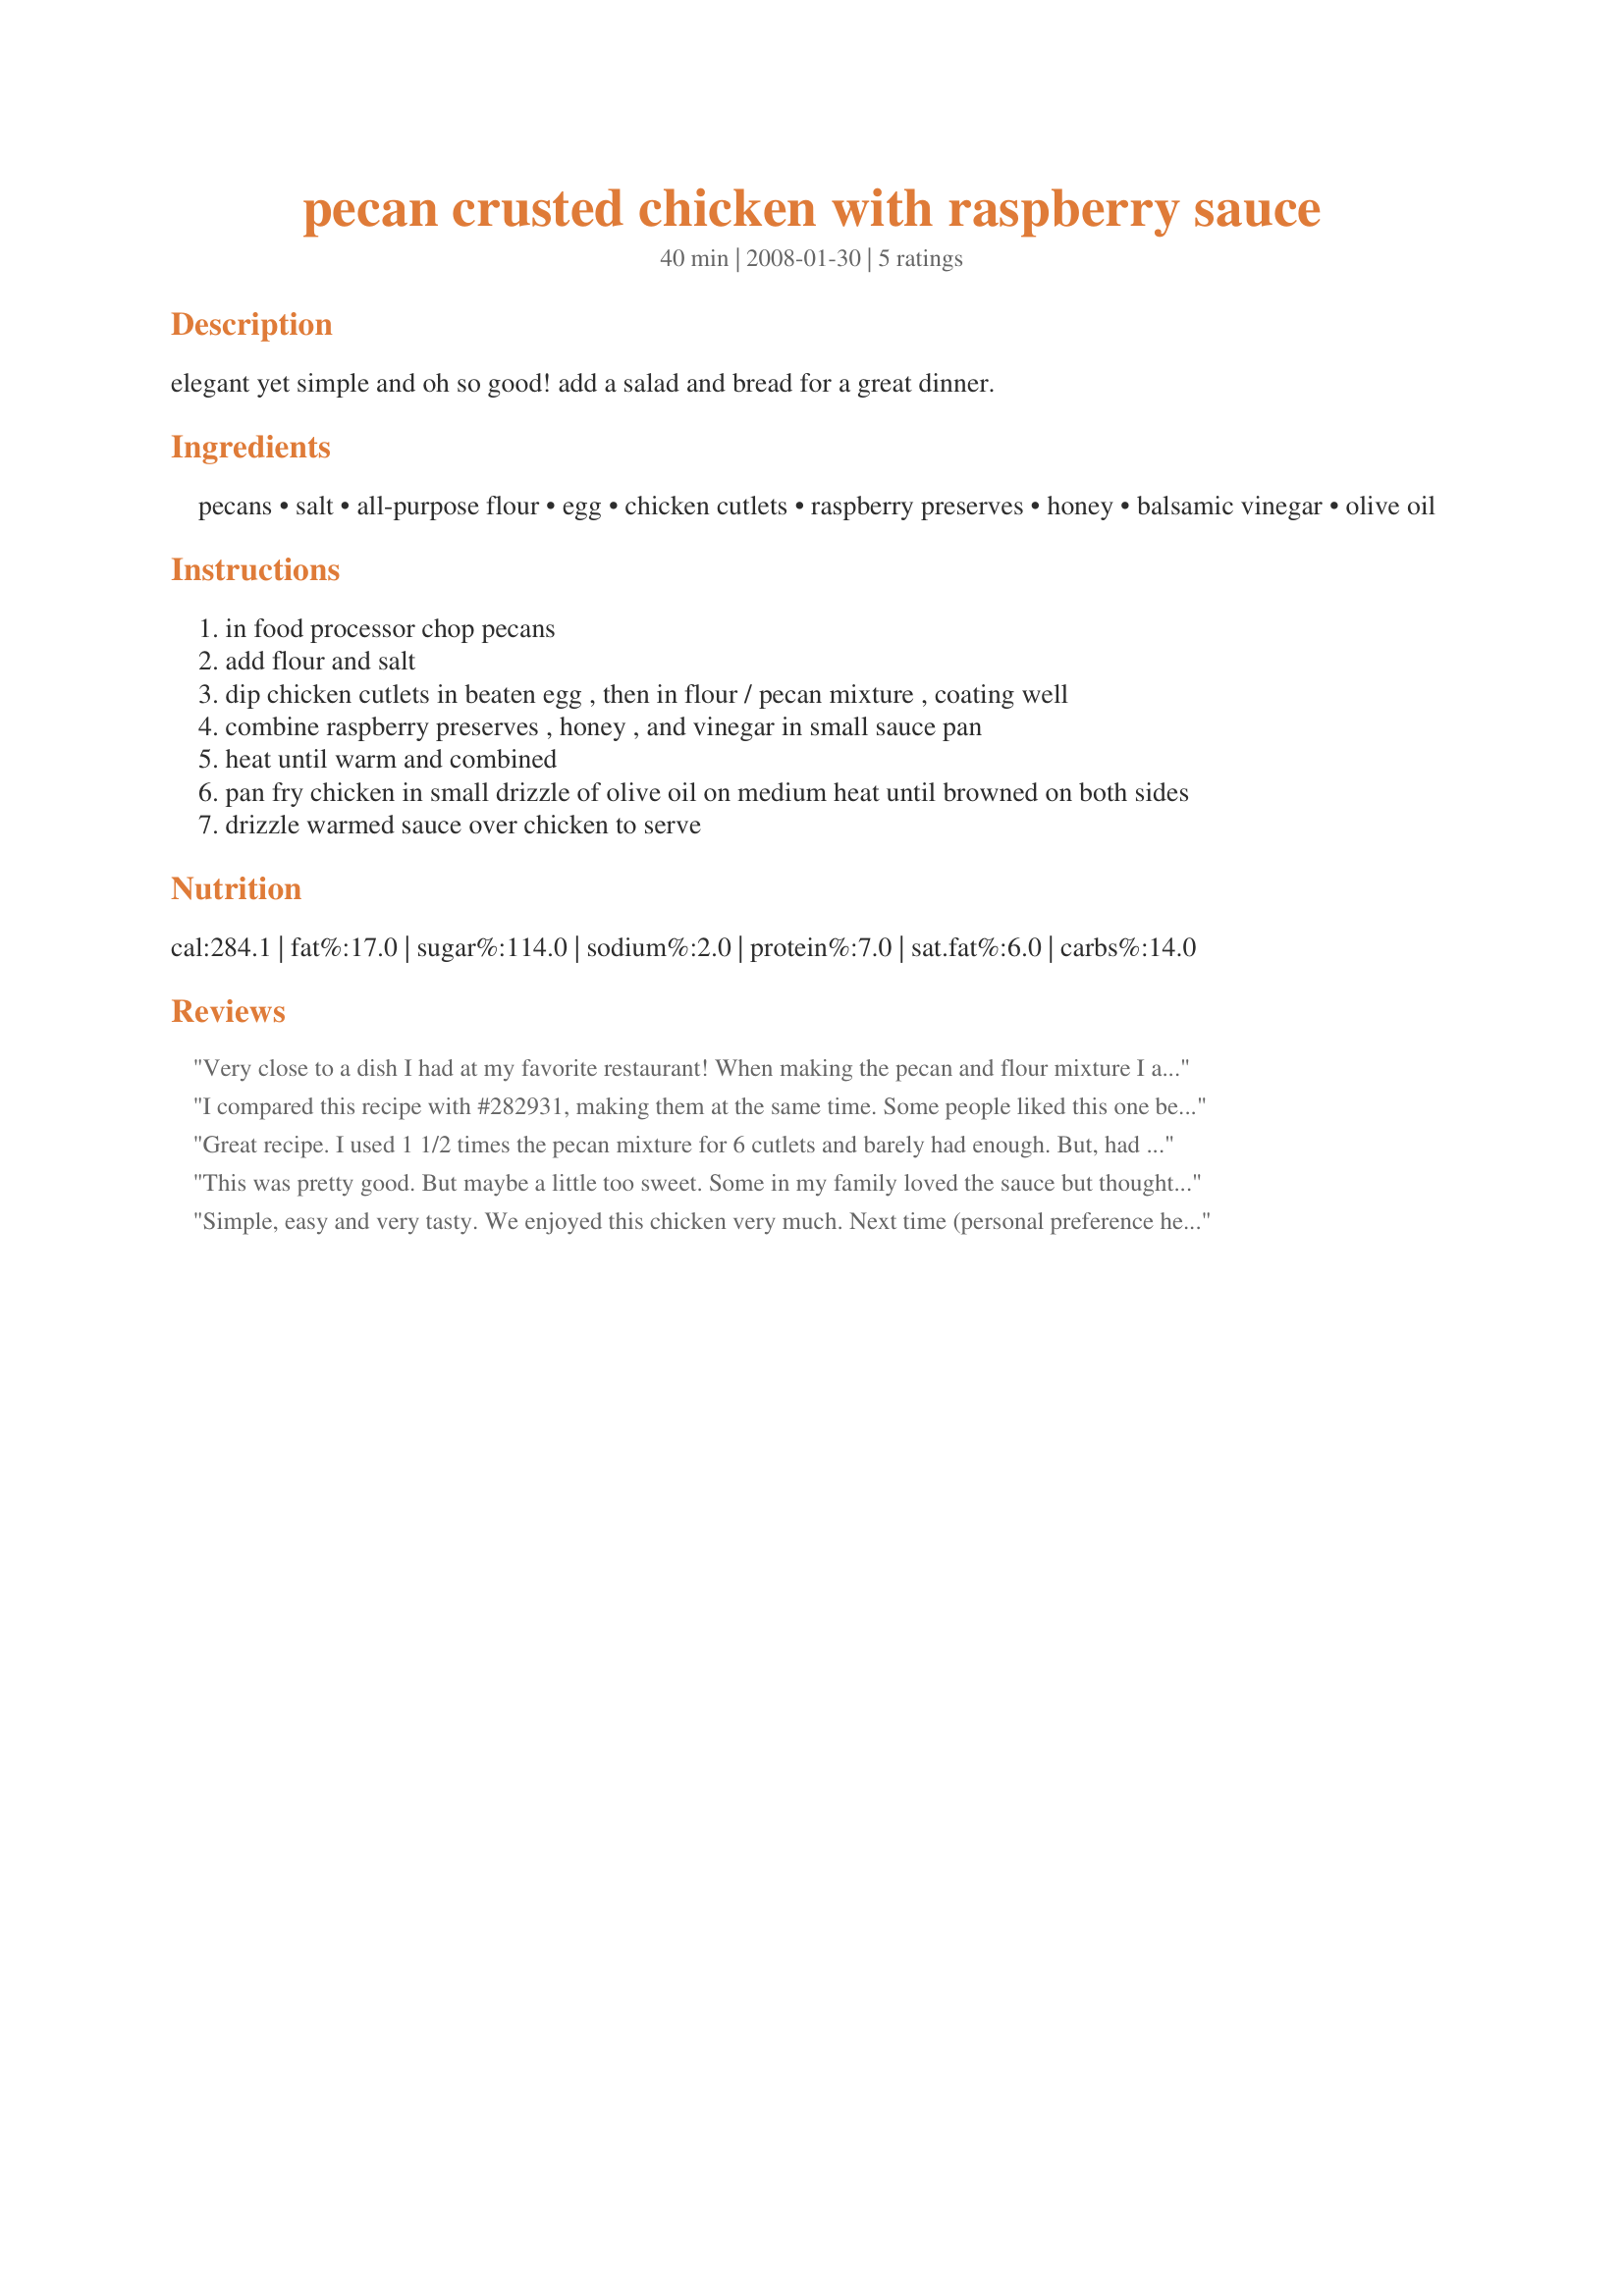
pecan crusted chicken with raspberry sauce
Preparation time: 40 minutes

elegant yet simple and oh so good! add a salad and bread for a great dinner.

Ingredients:
pecans, salt, all-purpose flour, egg, chicken cutlets, raspberry preserves, honey, balsamic vinegar, olive oil

Steps:
in food processor chop pecans
add flour and salt
dip chicken cutlets in beaten egg , then in flour / pecan mixture , coating well
combine raspberry preserves , honey , and vinegar in small sauce pan
heat until warm and combined
pan fry chicken in small drizzle of olive oil on medium heat until browned on both sides
drizzle warmed sauce over chicken to serve

Reviews:
Very close to a dish I had at my favorite restaurant! When making the pecan and flour mixture I added more pecans as it didnt look like enough for the coating. The raspberry sauce was good but for our taste buds I think I would either add less honey or increase the balsamic vinegar. Thank you for a quick and very nice dinner. Good Luck in the contest!
I compared this recipe with #282931, making them at the same time. Some people liked this one because it was sweeter than the other recipe. This one was pan fried. Both recipes were very good and there was not a clear winner. Thanks for a great recipe! Made for RSC #11.
Great recipe. I used 1 1/2 times the pecan mixture for 6 cutlets and barely had enough. But, had more than enough raspberry sauce. I used only a drizzle of raspberry sauce so as to not drown the cutlets in sweetness, and that was perfect.
This was pretty good. But maybe a little too sweet. Some in my family loved the sauce but thought it was too much with the pecans. They preferred the chicken without the sauce. Still, a very tasty and beautiful dish!!! Good job!
Simple, easy and very tasty. We enjoyed this chicken very much. Next time (personal preference here) I will use more pecans and a little less flour to dredge the chicken breasts. The raspberry sauce was a lovely touch. Thanks!
